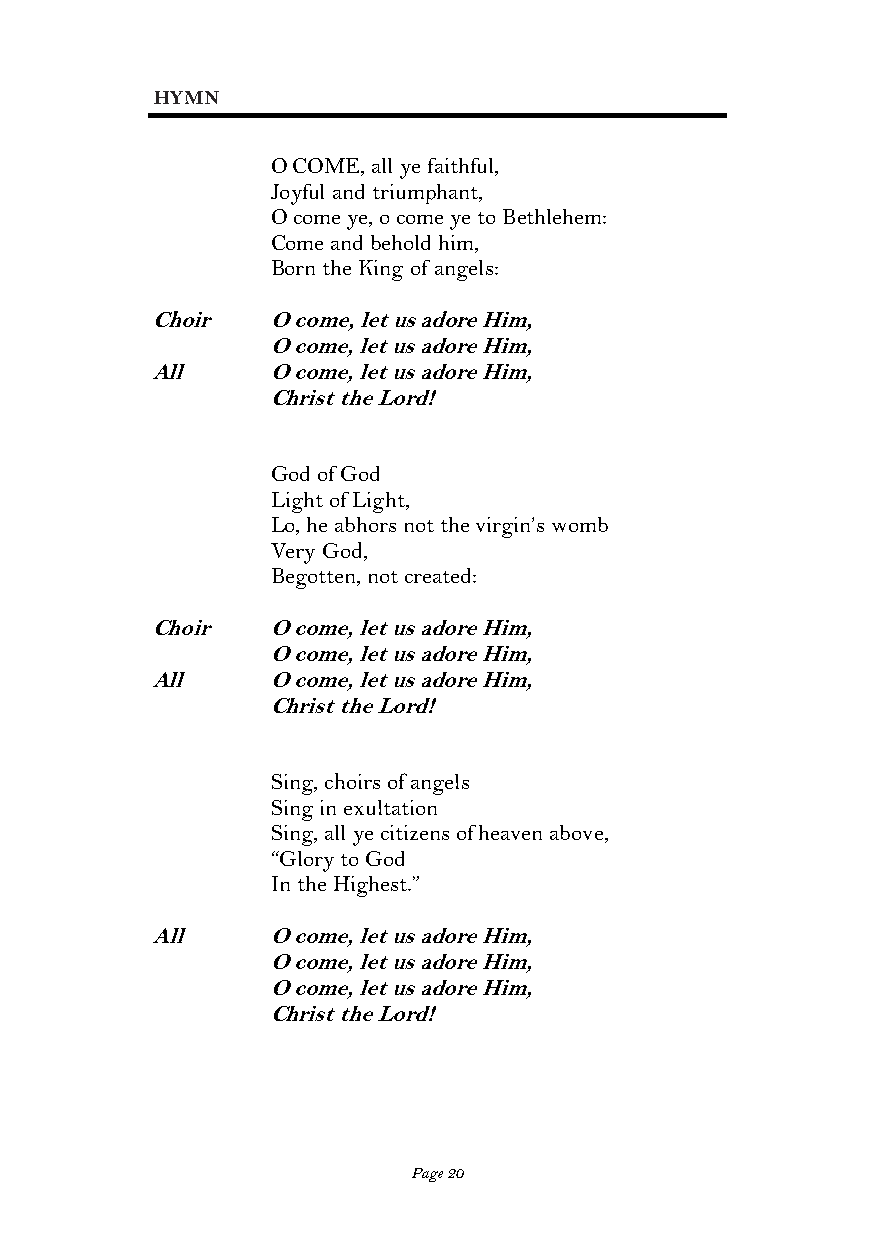
HYMN
 O COME, all ye faithful,
 Joyful and triumphant,
 O come ye, o come ye to Bethlehem:
 Come and behold him,
 Born the King of angels:
 Choir   O come, let us adore Him,
 O come, let us adore Him,
 All     O come, let us adore Him,
 Christ the Lord!
 God of God
 Light of Light,
 Lo, he abhors not the virgin’s womb
 Very God,
 Begotten, not created:
 Choir   O come, let us adore Him,
 O come, let us adore Him,
 All     O come, let us adore Him,
 Christ the Lord!
 Sing, choirs of angels
 Sing in exultation
 Sing, all ye citizens of heaven above,
 “Glory to God
 In the Highest.”
 All     O come, let us adore Him,
 O come, let us adore Him,
 O come, let us adore Him,
 Christ the Lord!
 Page 20